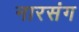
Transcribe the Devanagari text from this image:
नारसंग